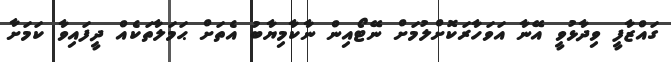
ގައްޒާފީ ވިދާޅުވީ އޭނާ އަވަހާރަކޮށްލުމަށް ނޭޓޯއިން ނާކާމިޔާބު އެތަށް ޙަމަލާތަކެއް ދީފައިވާ ކަމަށާ